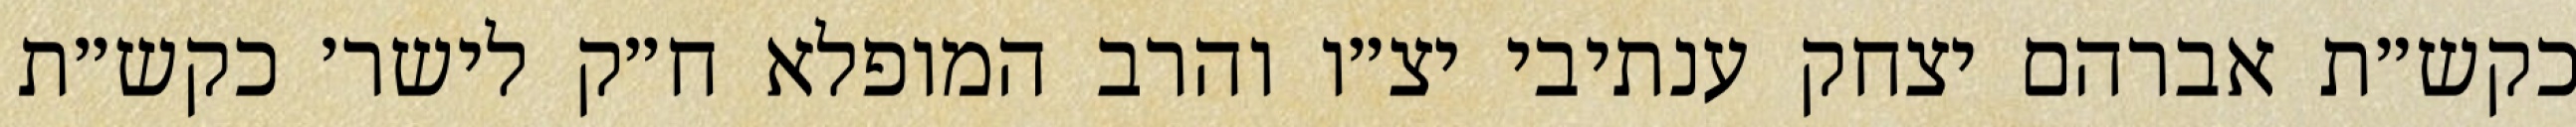
כקש״ת אברהם יצחק ענתיבי יצ״ו והרב המופלא ח״ק לישר׳ כקש״ת